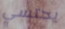
يحتسي